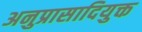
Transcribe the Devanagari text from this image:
अनुप्रासादियुक्त